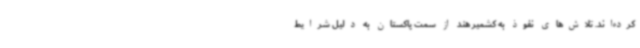
کرده‌اند. تلاش‌های نفوذ به کشمیر هند از سمت پاکستان به دلیل شرایط